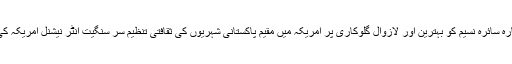
15 مئی2018ء) پاکستان کی نامور گلوکارہ سائرہ نسیم کو بہترین اور لازوال گلوکاری پر امریکہ میں مقیم پاکستانی شہریوں کی ثقافتی تنظیم سر سنگیت انٹر نیشنل امریکہ کی جانب سے سونے کا تاج پہنایا جائے گا ۔